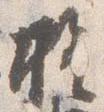
権